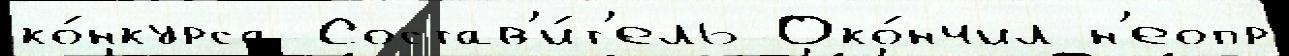
ко́нкурса Состав'и́т'ель Око́нчил н'еопр